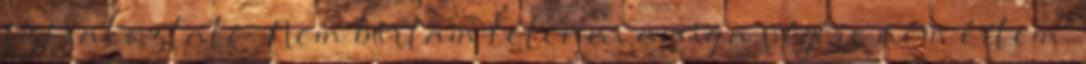
szórakoztató. Nem bírtam letenni amíg a végére nem értem.